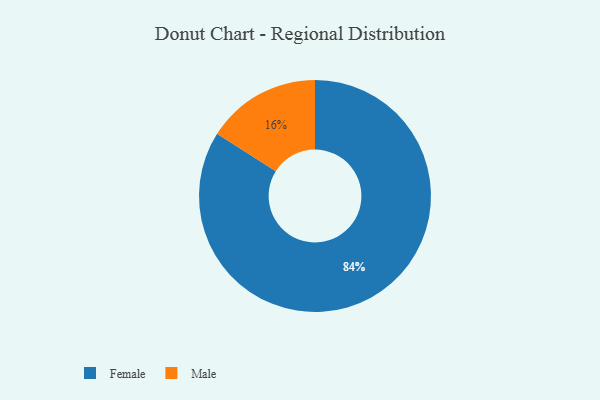
{"axis": {"x": "Category", "y": "Percentage"}, "legend": ["Female", "Male"], "data": [{"x": "Male", "y": 16, "type": "Male"}, {"x": "Female", "y": 84, "type": "Female"}]}